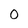
Character: 0